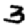
Digit: 3